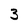
Character: 3